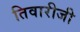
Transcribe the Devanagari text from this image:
तिवारीजी